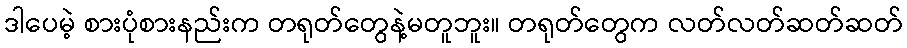
ဒါပေမဲ့ စားပုံစားနည်းက တရုတ်တွေနဲ့မတူဘူး။ တရုတ်တွေက လတ်လတ်ဆတ်ဆတ်